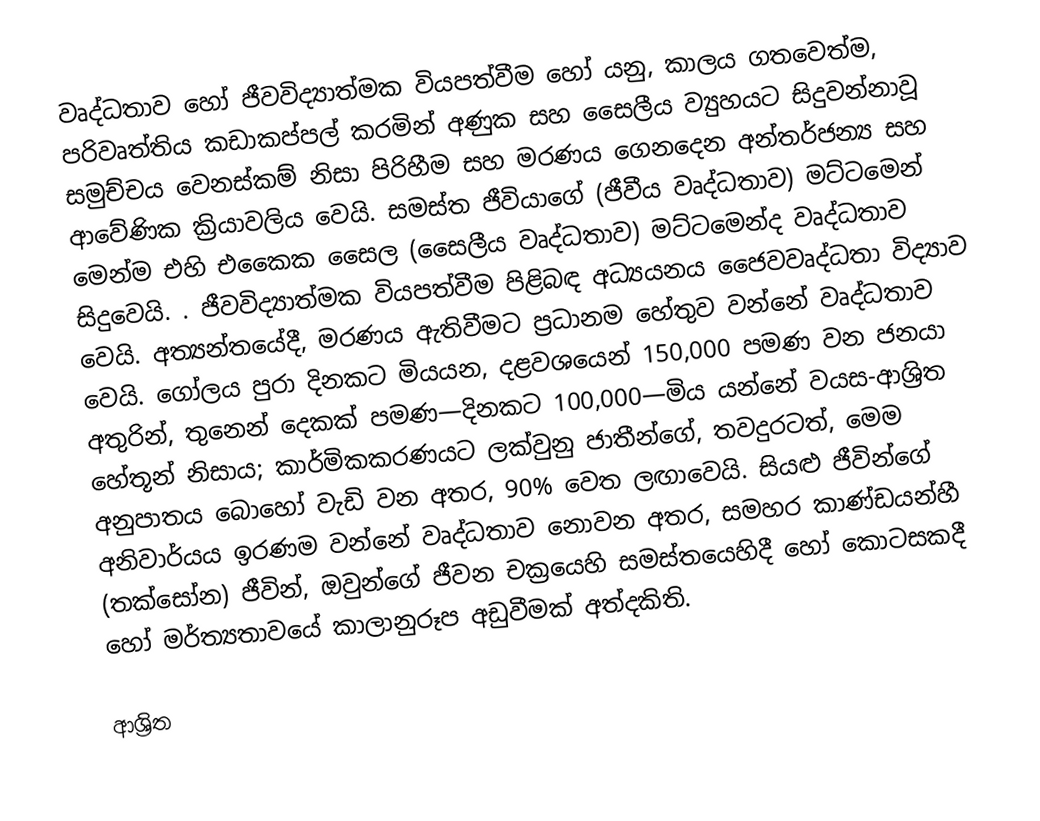
වෘද්ධතාව  හෝ  ජීවවිද්‍යාත්මක වියපත්වීම හෝ යනු, කාලය ගතවෙත්ම, පරිවෘත්තිය කඩාකප්පල් කරමින් අණුක සහ සෛලීය ව්‍යුහයට සිදුවන්නාවූ සමුච්චය වෙනස්කම් නිසා පිරිහීම සහ   මරණය ගෙනදෙන අන්තර්ජන්‍ය සහ ආවේණික ක්‍රියාවලිය වෙයි. සමස්ත ජීවියාගේ (ජීවීය වෘද්ධතාව) මට්ටමෙන් මෙන්ම එහි  එකෛක සෛල (සෛලීය වෘද්ධතාව)  මට්ටමෙන්ද වෘද්ධතාව සිදුවෙයි. . ජීවවිද්‍යාත්මක වියපත්වීම පිළිබඳ අධ්‍යයනය ජෛවවෘද්ධතා විද්‍යාව වෙයි. අත්‍යන්තයේදී, මරණය ඇතිවීමට ප්‍රධානම හේතුව වන්නේ වෘද්ධතාව වෙයි. ගෝලය පුරා දිනකට මියයන, දළවශයෙන්  150,000 පමණ වන ජනයා අතුරින්, තුනෙන් දෙකක් පමණ—දිනකට 100,000—මිය යන්නේ වයස-ආශ්‍රිත හේතූන් නිසාය; කාර්මිකකරණයට ලක්වුනු ජාතීන්ගේ, තවදුරටත්, මෙම අනුපාතය බොහෝ වැඩි වන අතර, 90% වෙත ලඟාවෙයි.  සියළු ජීවින්ගේ අනිවාර්යය ඉරණම වන්නේ වෘද්ධතාව නොවන අතර, සමහර කාණ්ඩයන්හී (තක්සෝන) ජීවින්,  ඔවුන්ගේ ජීවන චක්‍රයෙහි සමස්තයෙහිදී හෝ කොටසකදී හෝ මර්ත්‍යතාවයේ කාලානුරූප අඩුවීමක් අත්දකිති.

ආශ්‍රිත